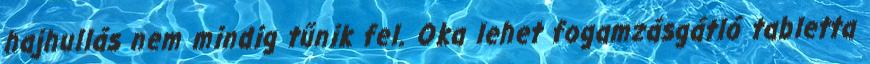
hajhullás nem mindig tűnik fel. Oka lehet fogamzásgátló tabletta